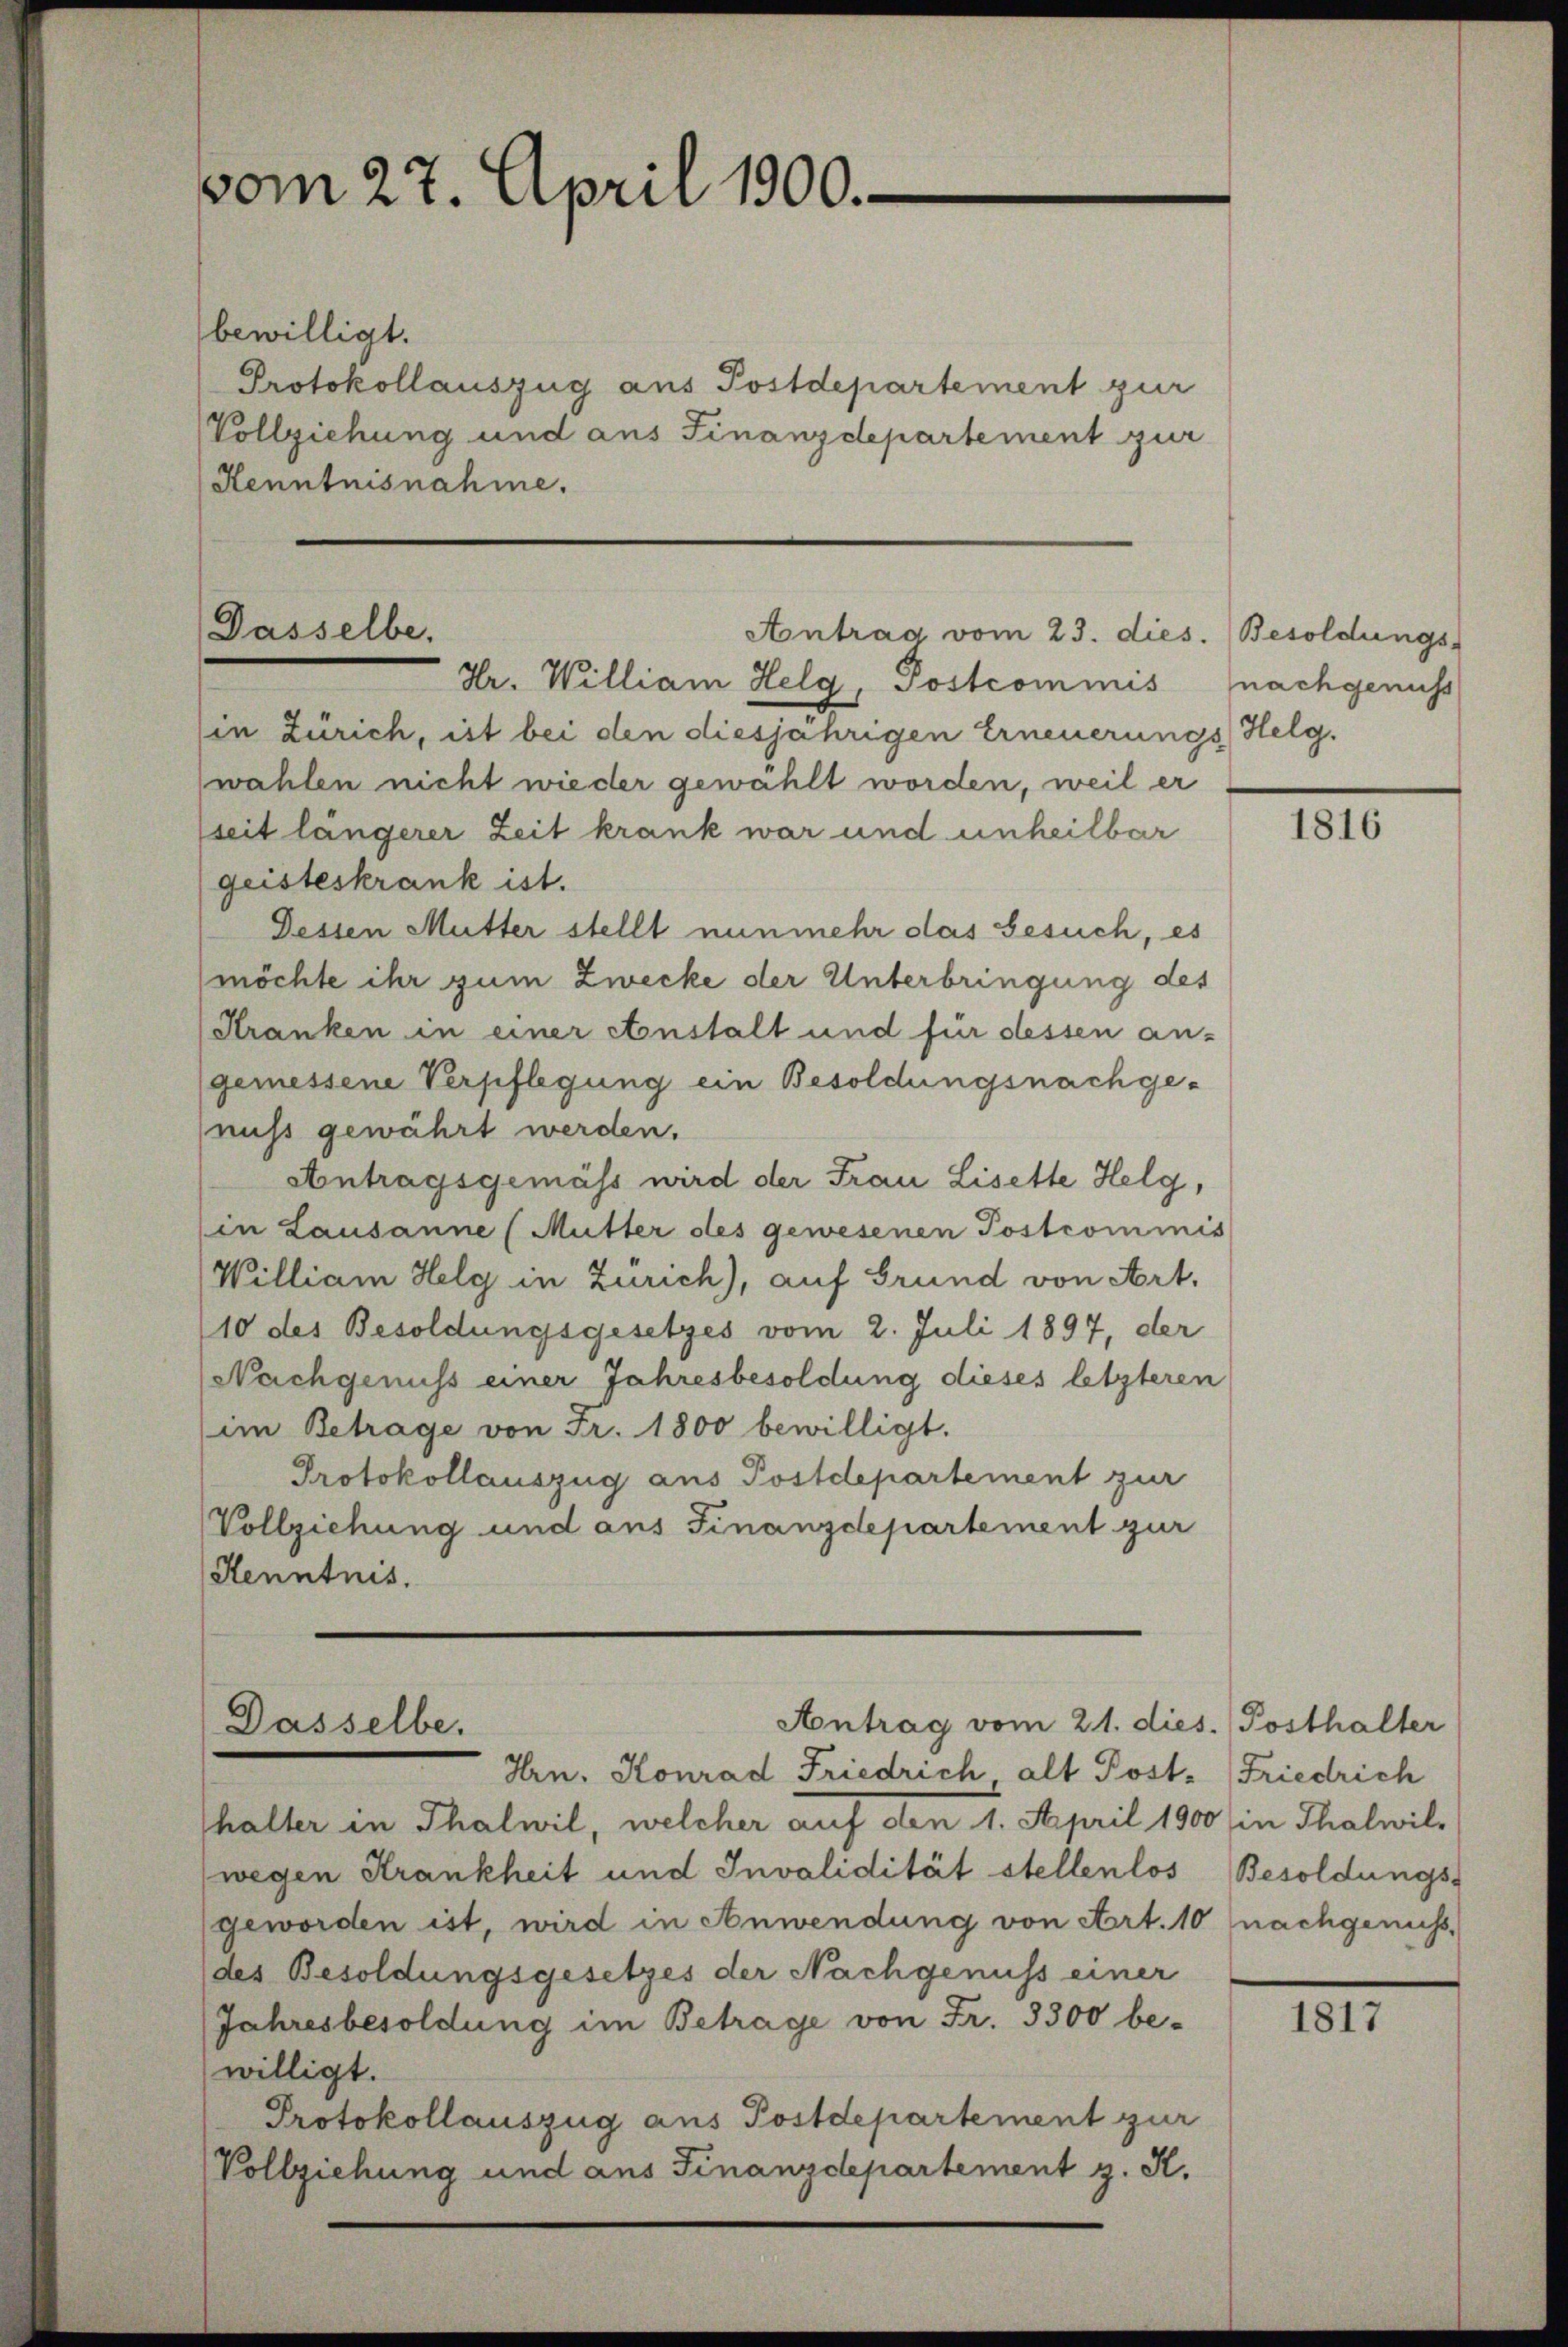
vom 27. April 1900.

bewilligt.
Protokollauszug aus Postdepartement zur
Vollziehung und aus Finanzdepartement zur
Kenntnisnahme.

Gasselbe.
Antrag vom 23. dies. (Besoldungs-
Hr. William Helg, Postcommis

in Zürich, ist bei den diesjährigen Erneuerungs Helg.
wahlen nicht wieder gewählt worden, weil er
seit längerer Zeit krank war und unheilbar
geisteskrank ist.
Dessen Mutter stellt nunmehr das Gesuch, es
möchte ihr zum Zwecke der Unterbringung des
Kranken in einer Anstalt und für dessen an-
gemessene Verpflegung ein Besoldungsnachgenuss gewährt werden.
Antragsgemäss wird der Frau Lisette Helg,
in Lausanne (Mutter des gewesenen Postcommis
William Helg in Zürich), auf Grund von Art.
10 des Besoldungsgesetzes vom 2. Juli 1897, der
Nachgenuss einer Jahresbesoldung dieses letzteren
im Betrage von Fr. 1800 bewilligt.
Protokollauszug aus Postdepartement zur
Vollziehung und aus Finanzdepartement zur
Henntnis.

Antrag vom 21. dies. Posthalter
Dasselbe.
Hrn. Konrad Friedrich, alt Post-

nachgenuss

halter in Thalwil, welcher auf den 1. April 1900 in Thalwil-
wegen Krankheit und Invalidität stellenlos
geworden ist, wird in Anwendung von Art. 10 nachgenuss,
des Besoldungsgesetzes der Nachgenuss einer
Jahresbesoldung im Betrage von Fr. 3300 be-
willigt.
Protokollauszug aus Postdepartement zur
Vollziehung und aus Finanzdepartement z. K.

1816

Friedrich
Besoldungs-

1817